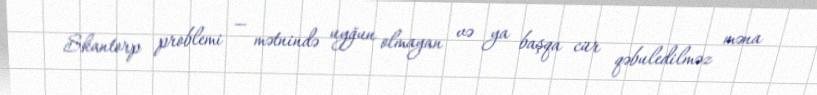
Skantorp problemi — mətnində uyğun olmayan və ya başqa cür qəbuledilməz məna